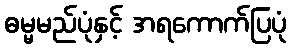
ဓမ္မမည်ပုံနှင့် အရကောက်ပြပုံ